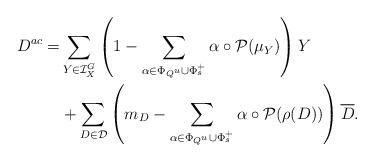
LaTeX: \begin{align*}D^{ac}= & \sum_{Y\in \mathcal{I}_X^G}\left(1-\sum_{\alpha\in \Phi_{Q^u}\cup \Phi_s^+}\alpha\circ\mathcal{P}(\mu_Y)\right)Y \\& +\sum_{D\in\mathcal{D}}\left(m_D-\sum_{\alpha\in \Phi_{Q^u}\cup \Phi_s^+}\alpha\circ\mathcal{P}(\rho(D))\right)\overline{D}.\end{align*}